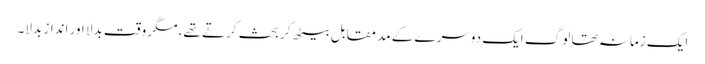
ایک زمانہ تھا لوگ ایک دوسرے کے مد ِمقابل بیٹھ کر بحث کرتے تھے، مگر وقت بدلا اور انداز بدلا۔